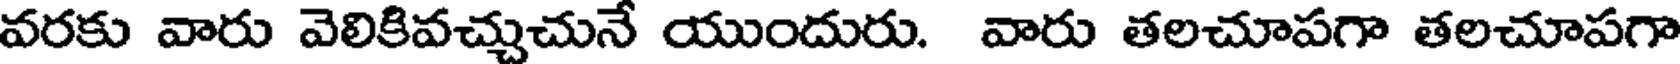
వరకు వారు వెలికివచ్చుచునే యుందురు. వారు తలచూపగా తలచూపగా